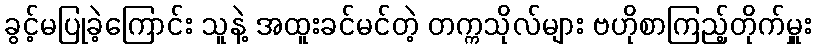
ခွင့်မပြုခဲ့ကြောင်း သူနဲ့ အထူးခင်မင်တဲ့ တက္ကသိုလ်များ ဗဟိုစာကြည့်တိုက်မှူး